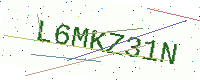
Text: L6MKZ31N